Civil Veterinary Department Bengal reports 1923-33 - 1923-1933
Year: 1923
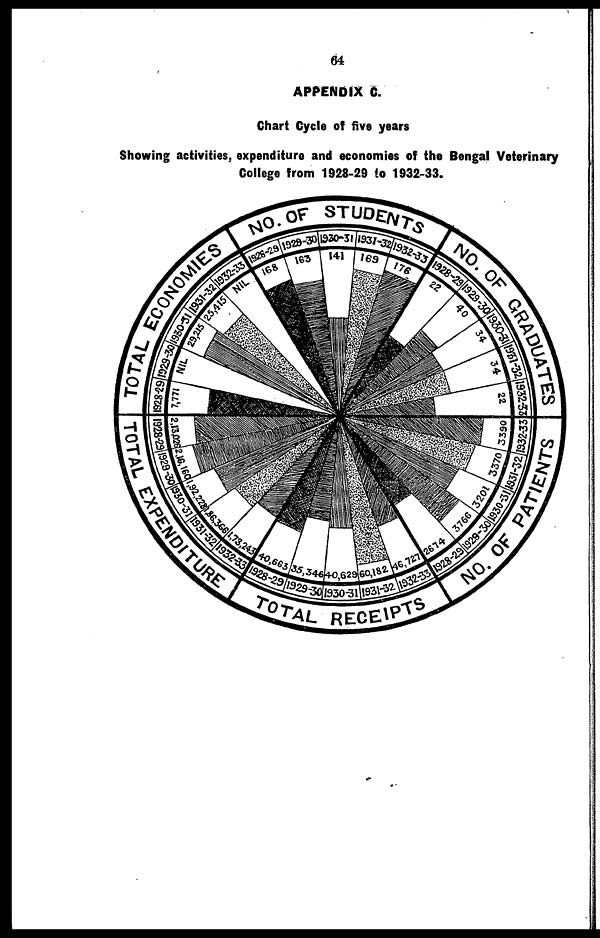
64
APPENDIX C.
Chart Cycle of five years
Showing activities, expenditure and economies of the Bengal Veterinary
College from 1928-29 to 1932-33.